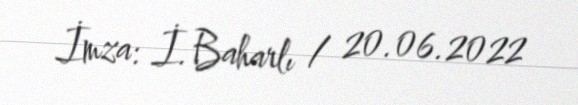
İmza: İ. Baharlı / 20.06.2022